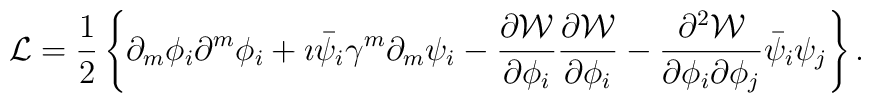
{\cal L} = \frac{1}{2} \left\{ \partial_{m}\phi_i \partial^{m}\phi_i + \imath\bar{\psi}_i \gamma^m \partial_m \psi_i - \frac{\partial {\cal W}}{\partial \phi_i}\frac{\partial {\cal W}}{\partial \phi_i} - \frac{\partial^2 {\cal W}}{\partial \phi_i\partial \phi_j} \bar{\psi}_i \psi_j \right\}.